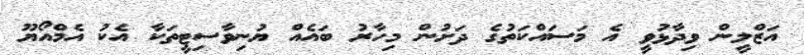
އަޒްލީން ވިދާޅުވީ އެ މަސައްކަތުގެ ދަށުން މިހާރު ބައެއް ޔުނިވާސިޓީތަކާ އެކު އެމްއޯޔޫ